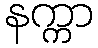
နက္ကာ